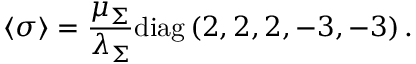
\left< \sigma \right> = \frac { \mu _ { \Sigma } } { \lambda _ { \Sigma } } \mathrm { d i a g } \left( 2 , 2 , 2 , - 3 , - 3 \right) .